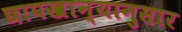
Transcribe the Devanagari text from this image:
छापखान्यानुसार